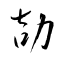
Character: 劼